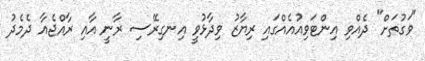
"ވަގުތަށް" ދެއްވި އިންޓަވިއުއެއްގައި ރިޔާޒު ވިދާޅުވީ އިނގިރޭސި ރާނީ އާއި ރާއްޖެއާ ދެމެދު